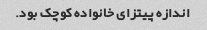
اندازه پیتزای خانواده کوچک بود.